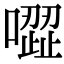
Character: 𠽼